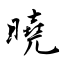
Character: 曉